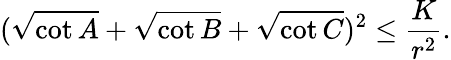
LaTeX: ({\sqrt{\cot A}}+{\sqrt{\cot B}}+{\sqrt{\cot C}})^{2}\leq{\frac{K}{r^{2}}}.